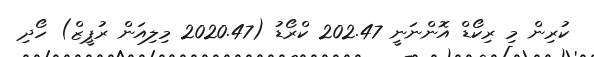
ކުރިން މި ރިކޯޑް އޮންނަނީ 202.47 ކްރޯޑު (2020.47 މިލިއަން ރުޕީޒް) ހޯދި